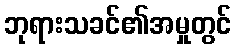
ဘုရားသခင်၏အမှုတွင်